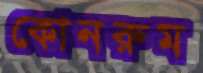
কোনরুম